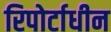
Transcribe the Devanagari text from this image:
रिपोर्टाधीन